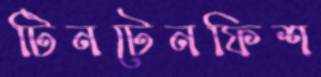
টিনটেনফিশ